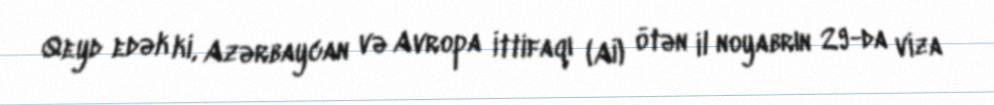
Qeyd edək ki, Azərbaycan və Avropa İttifaqı (Aİ) ötən il noyabrın 29-da viza